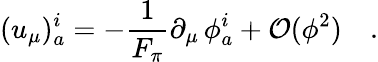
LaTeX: (u_{\mu})_{a}^{i}=-\frac{1}{F_{\pi}}\partial_{\mu}\, \phi_{a}^{i}+{\cal O}(\phi^{2})\quad.